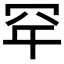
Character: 𮉾